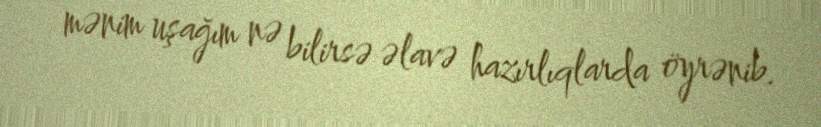
mənim uşağım nə bilirsə əlavə hazırlıqlarda öyrənib.